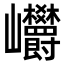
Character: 㠨